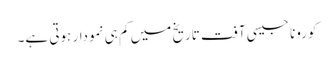
کورونا جیسی آفت تاریخ میں کم ہی نمودار ہوتی ہے۔